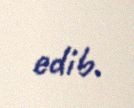
edib.